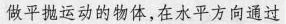
做平抛运动的物体，在水平方向通过